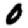
Digit: 0